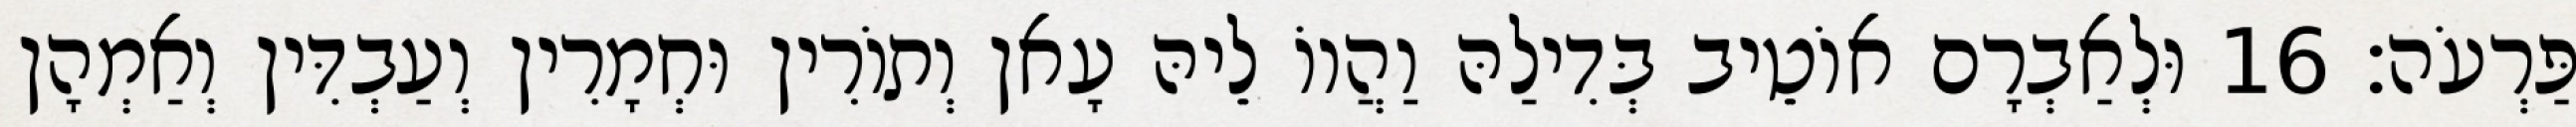
פַּרְעֹה׃ 16 וּלְאַבְרָם אוֹטֵיב בְּדִילַהּ וַהֲווֹ לֵיהּ עָאן וְתוֹרִין וּחְמָרִין וְעַבְדִּין וְאַמְהָן